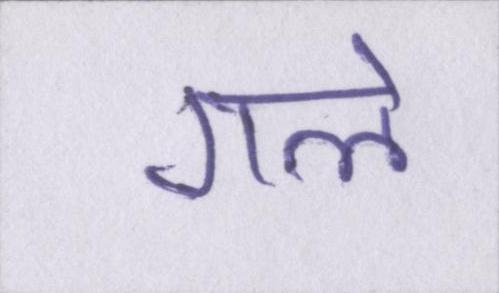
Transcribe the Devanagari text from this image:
गले